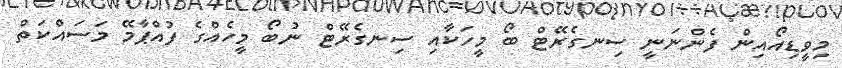
މިވީޑިއޯއިން ފެންނަނީ ސިނގެރޭޓް ބޯ މީހަކާއި ސިނގެރޭޓް ނުބޯ މީހެެއްގެ ފުއްޕާމޭ މަސައްކަތް